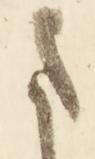
ま